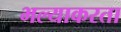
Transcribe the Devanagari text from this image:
भल्याकरता